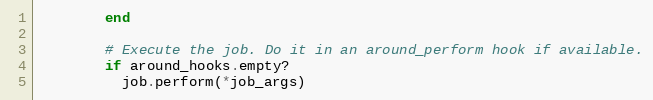
Language: Ruby
        end

        # Execute the job. Do it in an around_perform hook if available.
        if around_hooks.empty?
          job.perform(*job_args)